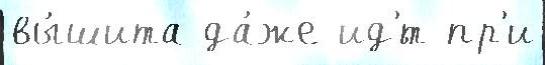
вы́шита да́же ид'́т пр'и